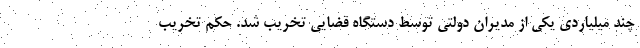
چند میلیاردی یکی از مدیران دولتی توسط دستگاه قضایی تخریب شد. حکم تخریب